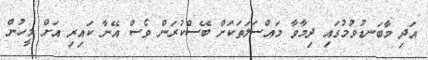
އަދި މާބަނޑުވުމުގައި ދިމާވާ މައްސަލަތަކަށް ބޭސްކުރަން ވެސް އޭނާ ކައިރި އަށް މީހުން